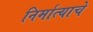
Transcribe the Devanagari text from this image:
निर्मात्याचे